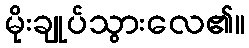
မိုးချုပ်သွားလေ၏။